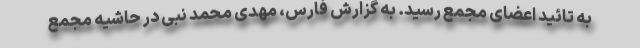
به تائید اعضای مجمع رسید. به گزارش فارس، مهدی محمد نبی در حاشیه مجمع